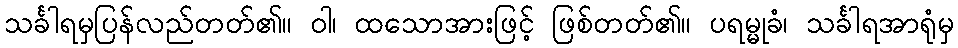
သင်္ခါရမှပြန်လည်တတ်၏။ ဝါ၊ ထသောအားဖြင့် ဖြစ်တတ်၏။ ပရမ္မုခံ၊ သင်္ခါရအာရုံမှ